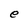
Character: e